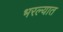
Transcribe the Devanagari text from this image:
भरल्यात